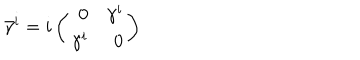
\bar { \gamma } ^ { i } = i \left( \begin{array} { r r } { { 0 } } & { { \gamma ^ { i } } } \\ { { \gamma ^ { i } } } & { { 0 } } \\ \end{array} \right)